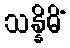
သန္နိဓိံ